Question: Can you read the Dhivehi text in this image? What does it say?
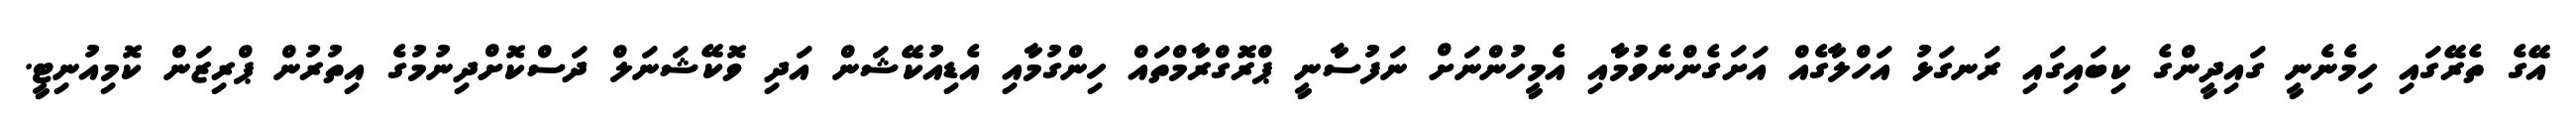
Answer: އޭގެ ތެރޭގައި ހިމެނެނީ ގައިދީންގެ ކިބައިގައި ރަނގަޅު އަހްލާގެއް އަށަގެންނެވުމާއި އެމީހުންނަށް ނަފުސާނީ ޕްރޮގްރާމްތައް ހިންގުމާއި އެޑިއުކޭޝަން އަދި ވޮކޭޝަނަލް ދަސްކޮށްދިނުމުގެ އިތުރުން ޕްރިޒަން ކޮމިއުނިޓީ.